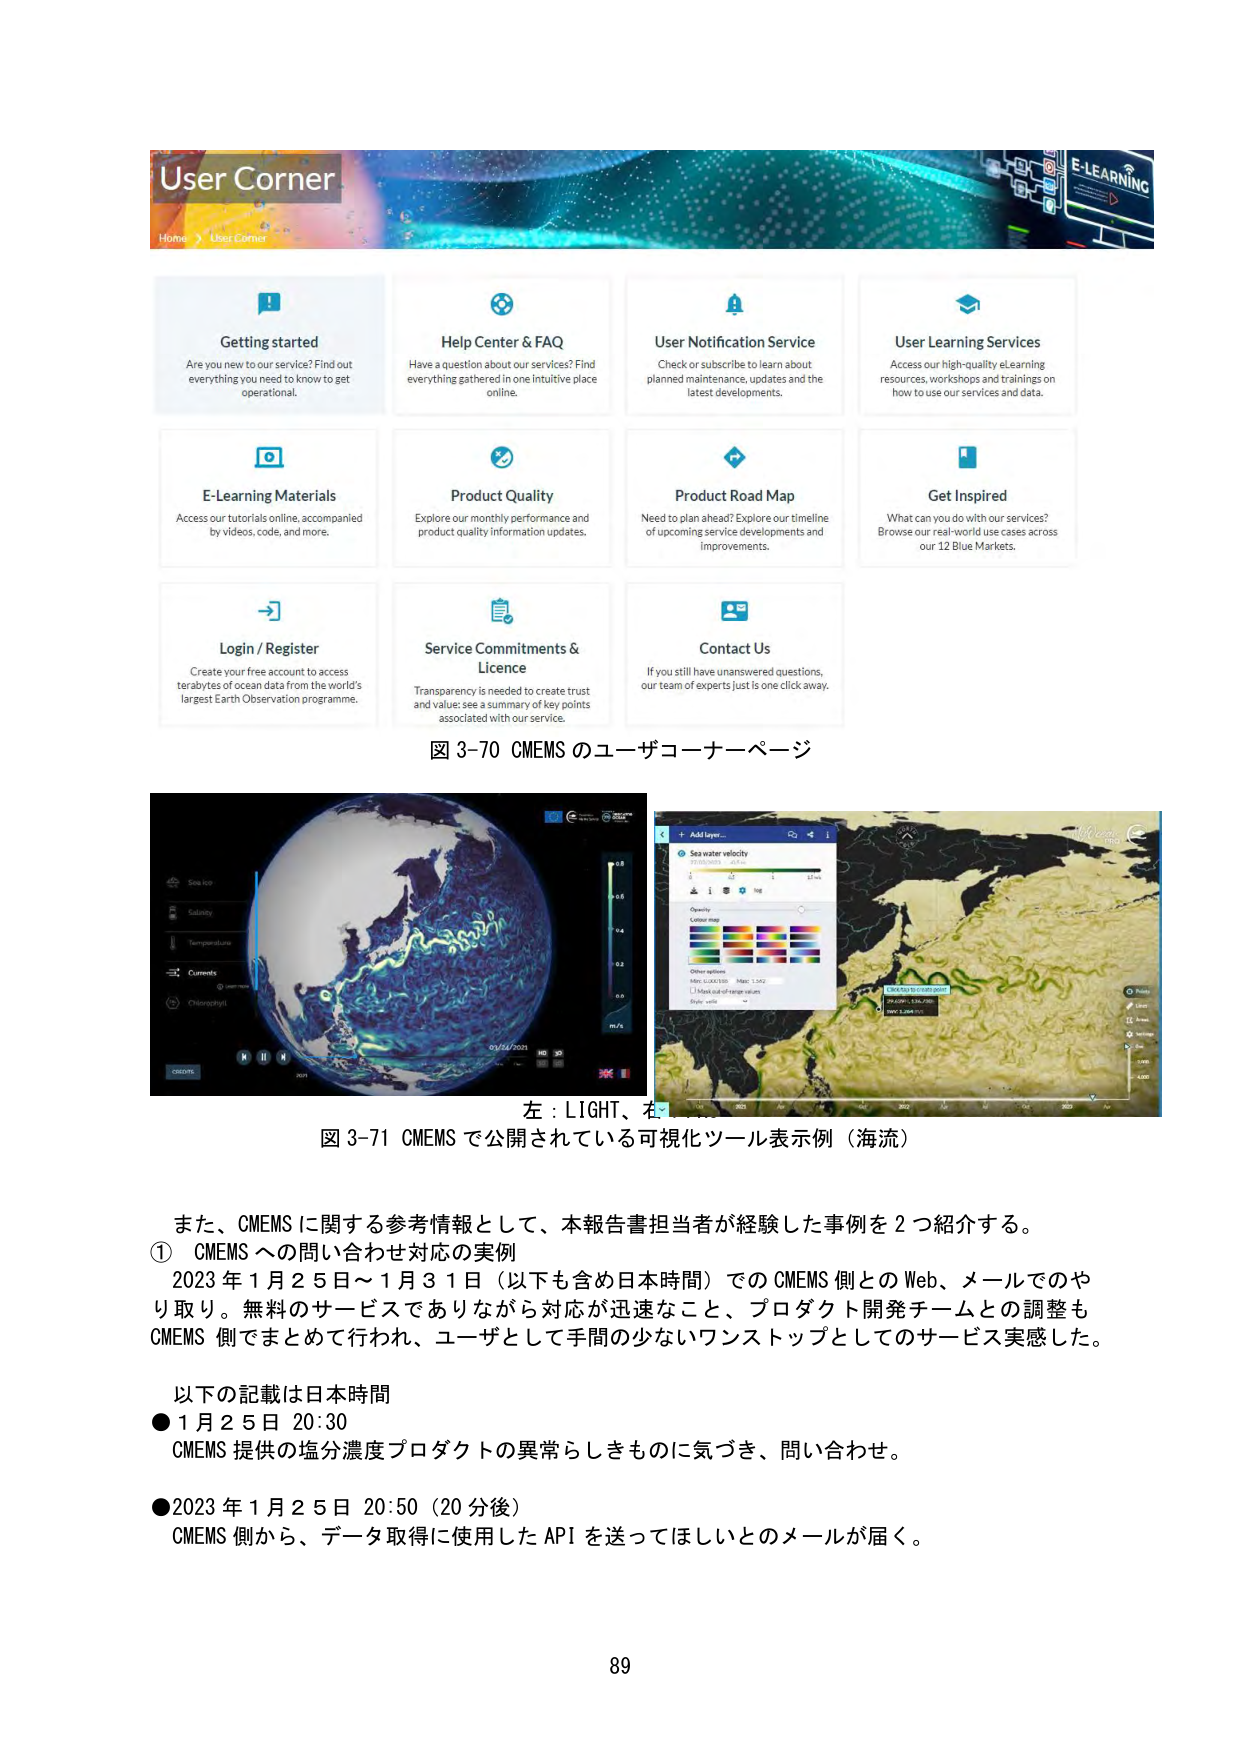
User Corner
Home > User Corner
E-LEARNING
Getting started
Are you new to our service? Find out
everything you need to know to get
operational.
Help Center & FAQ
Have a question about our services? Find
everything gathered in one intuitive place
online.
User Notification Service
Check or subscribe to learn about
planned maintenance, updates and the
latest developments.
User Learning Services
Access our high-quality eLearning
resources, workshops and trainings on
how to use our services and data.
E-Learning Materials
Access our tutorials online, accompanied
by videos, code, and more.
Product Quality
Explore our monthly performance and
product quality information updates.
Product Road Map
Need to plan ahead? Explore our timeline
of upcoming service developments and
improvements.
Get Inspired
What can you do with our services?
Browse our real-world use cases across
our 12 Blue Markets.
Login / Register
Create your free account to access
terabytes of ocean data from the world's
largest Earth Observation programme.
Service Commitments &
Licence
Transparency is needed to create trust
and value: see a summary of key points
associated with our service.
Contact Us
If you still have unanswered questions,
our team of experts just is one click away.
図 3-70 CMEMS のユーザコーナーページ
左：LIGHT、右：
図 3-71 CMEMS で公開されている可視化ツール表示例（海流）
また、CMEMS に関する参考情報として、本報告書担当者が経験した事例を 2 つ紹介する。
① CMEMS への問い合わせ対応の実例
2023 年 1 月 25 日～1 月 31 日（以下も含め日本時間）での CMEMS 側との Web、メールでのやり取り。無料のサービスでありながら対応が迅速なこと、プロダクト開発チームとの調整も CMEMS 側でまとめて行われ、ユーザとして手間の少ないワンストップとしてのサービス実感した。
以下の記載は日本時間
●1 月 25 日 20:30
CMEMS 提供の塩分濃度プロダクトの異常らしきものに気づき、問い合わせ。
●2023 年 1 月 25 日 20:50（20 分後）
CMEMS 側から、データ取得に使用した API を送ってほしいとのメールが届く。
89